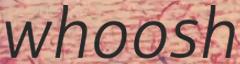
whoosh